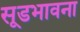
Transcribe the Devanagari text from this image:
सूडभावना